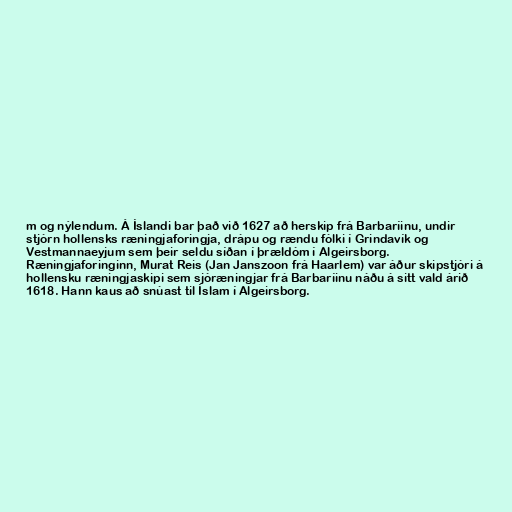
m og nýlendum. Á Íslandi bar það við 1627 að herskip frá Barbaríinu, undir
stjórn hollensks ræningjaforingja, drápu og rændu fólki í Grindavík og
Vestmannaeyjum sem þeir seldu síðan í þrældóm í Algeirsborg.
Ræningjaforinginn, Murat Reis (Jan Janszoon frá Haarlem) var áður skipstjóri á
hollensku ræningjaskipi sem sjóræningjar frá Barbaríinu náðu á sitt vald árið
1618. Hann kaus að snúast til Íslam í Algeirsborg.